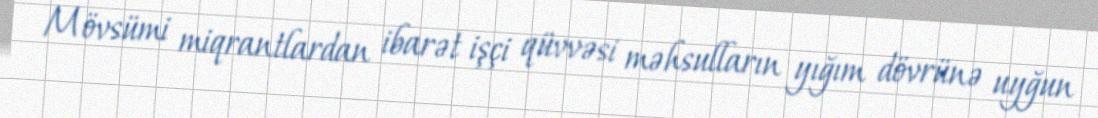
Mövsümi miqrantlardan ibarət işçi qüvvəsi məhsulların yığım dövrünə uyğun